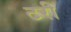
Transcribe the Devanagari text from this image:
टरी